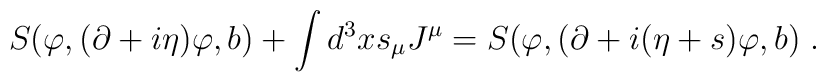
S(\varphi ,(\partial +i\eta )\varphi ,b)+\int d^3xs_\mu J^\mu=S(\varphi ,(\partial +i(\eta +s)\varphi ,b)\;.